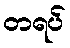
တရပ်